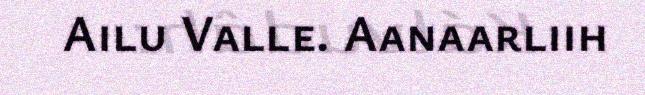
Ailu Valle. Aanaarliih